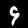
Digit: 9